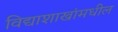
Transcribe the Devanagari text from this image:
विद्याशाखांमधील